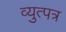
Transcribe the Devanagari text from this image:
व्युत्पत्र